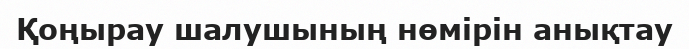
Қоңырау шалушының нөмірін анықтау